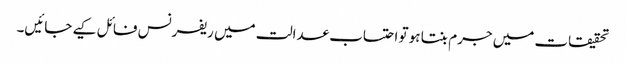
تحقیقات میں جرم بنتا ہو تو احتساب عدالت میں ریفرنس فائل کیے جائیں۔